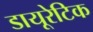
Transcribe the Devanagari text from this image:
डायूरेटिक